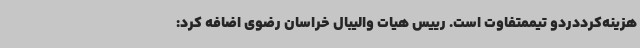
هزینه‌کرددردو تیممتفاوت است. رییس هیات والیبال خراسان رضوی اضافه کرد: